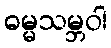
ဓမ္မသမ္ဘဝါ